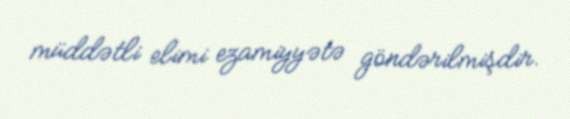
müddətli elimi ezamiyyətə göndərilmişdir.